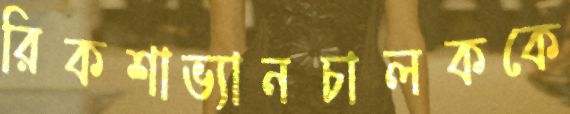
রিকশাভ্যানচালককে